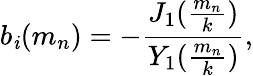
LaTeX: b_{\mathit{i}}(m_{n})=-{\frac{{J_{1}({\frac{{m_{n}}}{{k}}})}}{{Y_{1}({\frac{{m_{n}}}{{k}}})}}},